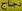
دجاج